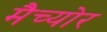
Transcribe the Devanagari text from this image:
मैच्योर